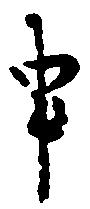
申